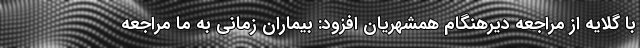
با گلایه از مراجعه دیرهنگام همشهریان افزود: بیماران زمانی به ما مراجعه